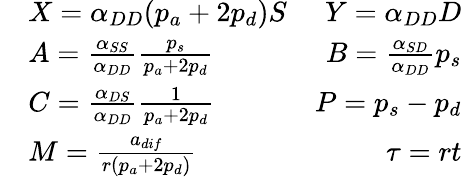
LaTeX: \begin{array}{rlr}&{X=\alpha_{DD}(p_{a}+2p_{d})S}&{Y=\alpha_{DD}D}\\ &{A=\frac{\alpha_{SS}}{\alpha_{DD}}\frac{p_{s}}{p_{a}+2p_{d}}}&{B=\frac{\alpha_{SD}}{\alpha_{DD}}p_{s}}\\ &{C=\frac{\alpha_{DS}}{\alpha_{DD}}\frac{1}{p_{a}+2p_{d}}}&{P=p_{s}-p_{d}}\\ &{M=\frac{a_{dif}}{r(p_{a}+2p_{d})}}&{\tau=rt}\end{array}